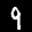
Label: 9